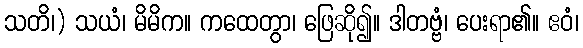
သတိ၊) သယံ၊ မိမိက။ ကထေတွာ၊ ဖြေဆို၍။ ဒါတဗ္ဗံ၊ ပေးရာ၏။ ဧဝံ၊